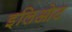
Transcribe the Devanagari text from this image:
इलिओट